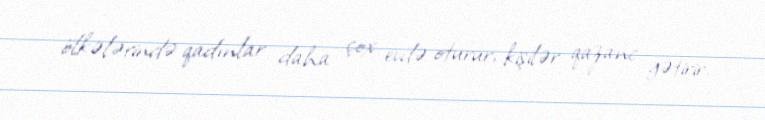
ölkələrində qadınlar daha çox evdə oturur, kişilər qazanc gətirir.